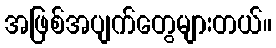
အဖြစ်အပျက်တွေများတယ်။